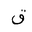
Letter: _qaf